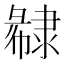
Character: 𨽽